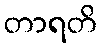
တာရတိ